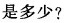
是多少？